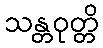
သန္တဝုတ္တိ